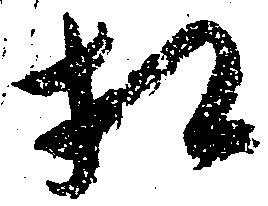
相